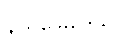
နယ်မြေဒေသ